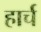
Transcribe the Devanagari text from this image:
हार्च